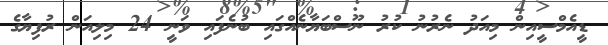
ޑީއެމްސީއިން މިއަދު ނެރުނު ކުރު ނޫސްބަޔާނެއްގައި ބުނެފައި ވަނީ 24 މިލިއަން ރުފިޔާގެ